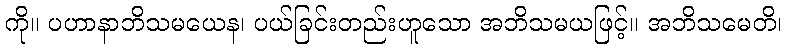
ကို။ ပဟာနာဘိသမယေန၊ ပယ်ခြင်းတည်းဟူသော အဘိသမယဖြင့်။ အဘိသမေတိ၊